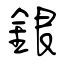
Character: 銀